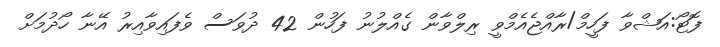
ފޮޓޯ:އަޝްވާ ފަހީމް/ރާއްޖެއެމްވީ ރިލްވާން ގެއްލުނު ފަހުން 42 ދުވަސް ވެފައިވާއިރު އޭނާ ހޯދުމަށް